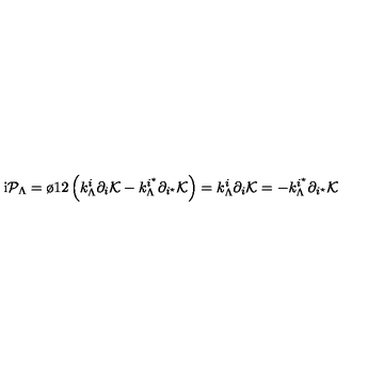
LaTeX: \mathrm { i } { \cal P } _ { \Lambda } = { \o { 1 } { 2 } } \left( k _ { \Lambda } ^ { i } \partial _ { i } { \cal K } - k _ { \Lambda } ^ { i ^ { \star } } \partial _ { i ^ { \star } } { \cal K } \right) = k _ { \Lambda } ^ { i } \partial _ { i } { \cal K } = - k _ { \Lambda } ^ { i ^ { \star } } \partial _ { i ^ { \star } } { \cal K }